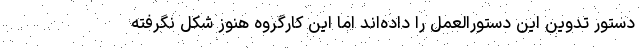
دستور تدوین این دستورالعمل را داده‌اند اما این کارگروه هنوز شکل نگرفته